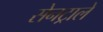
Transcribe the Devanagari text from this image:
सेनट्राले